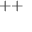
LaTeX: \mathrel { + { + } }